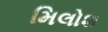
મિલોશ